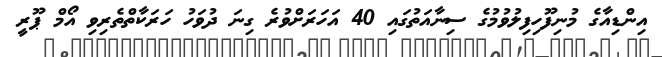
އިންޑިއާގެ މުނިފޫހިފިލުވުމުގެ ސިނާއަތުގައި 40 އަހަރަށްވުރެ ގިނަ ދުވަހު ހަރަކާތްތެރިވި އޯމް ޕޫރީ